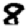
Digit: 8